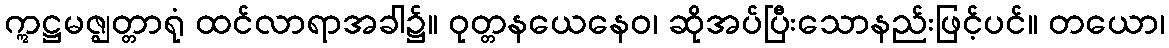
ဣဋ္ဌမဇ္ဈတ္တာရုံ ထင်လာရာအခါ၌။ ဝုတ္တနယေနေဝ၊ ဆိုအပ်ပြီးသောနည်းဖြင့်ပင်။ တယော၊